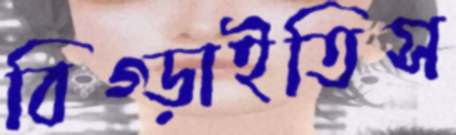
বিগ্‌ড়াইতিস